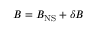
B = B _ { \mathrm { N S } } + \delta B